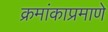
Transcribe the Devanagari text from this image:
क्रमांकाप्रमाणे